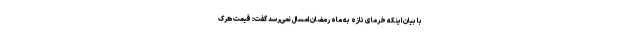
با بیان اینکه خرمای تازه به ماه رمضان امسال نمی‌رسد گفت: قیمت هرک